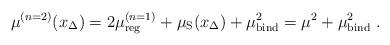
LaTeX: \begin{align*}\mu^{(n=2)}(x_\Delta)= 2 \mu_{\rm reg}^{(n=1)} + \mu_{\rm S}(x_\Delta)+ \mu_{\rm bind}^2= \mu^2 + \mu_{\rm bind}^2\ . \end{align*}